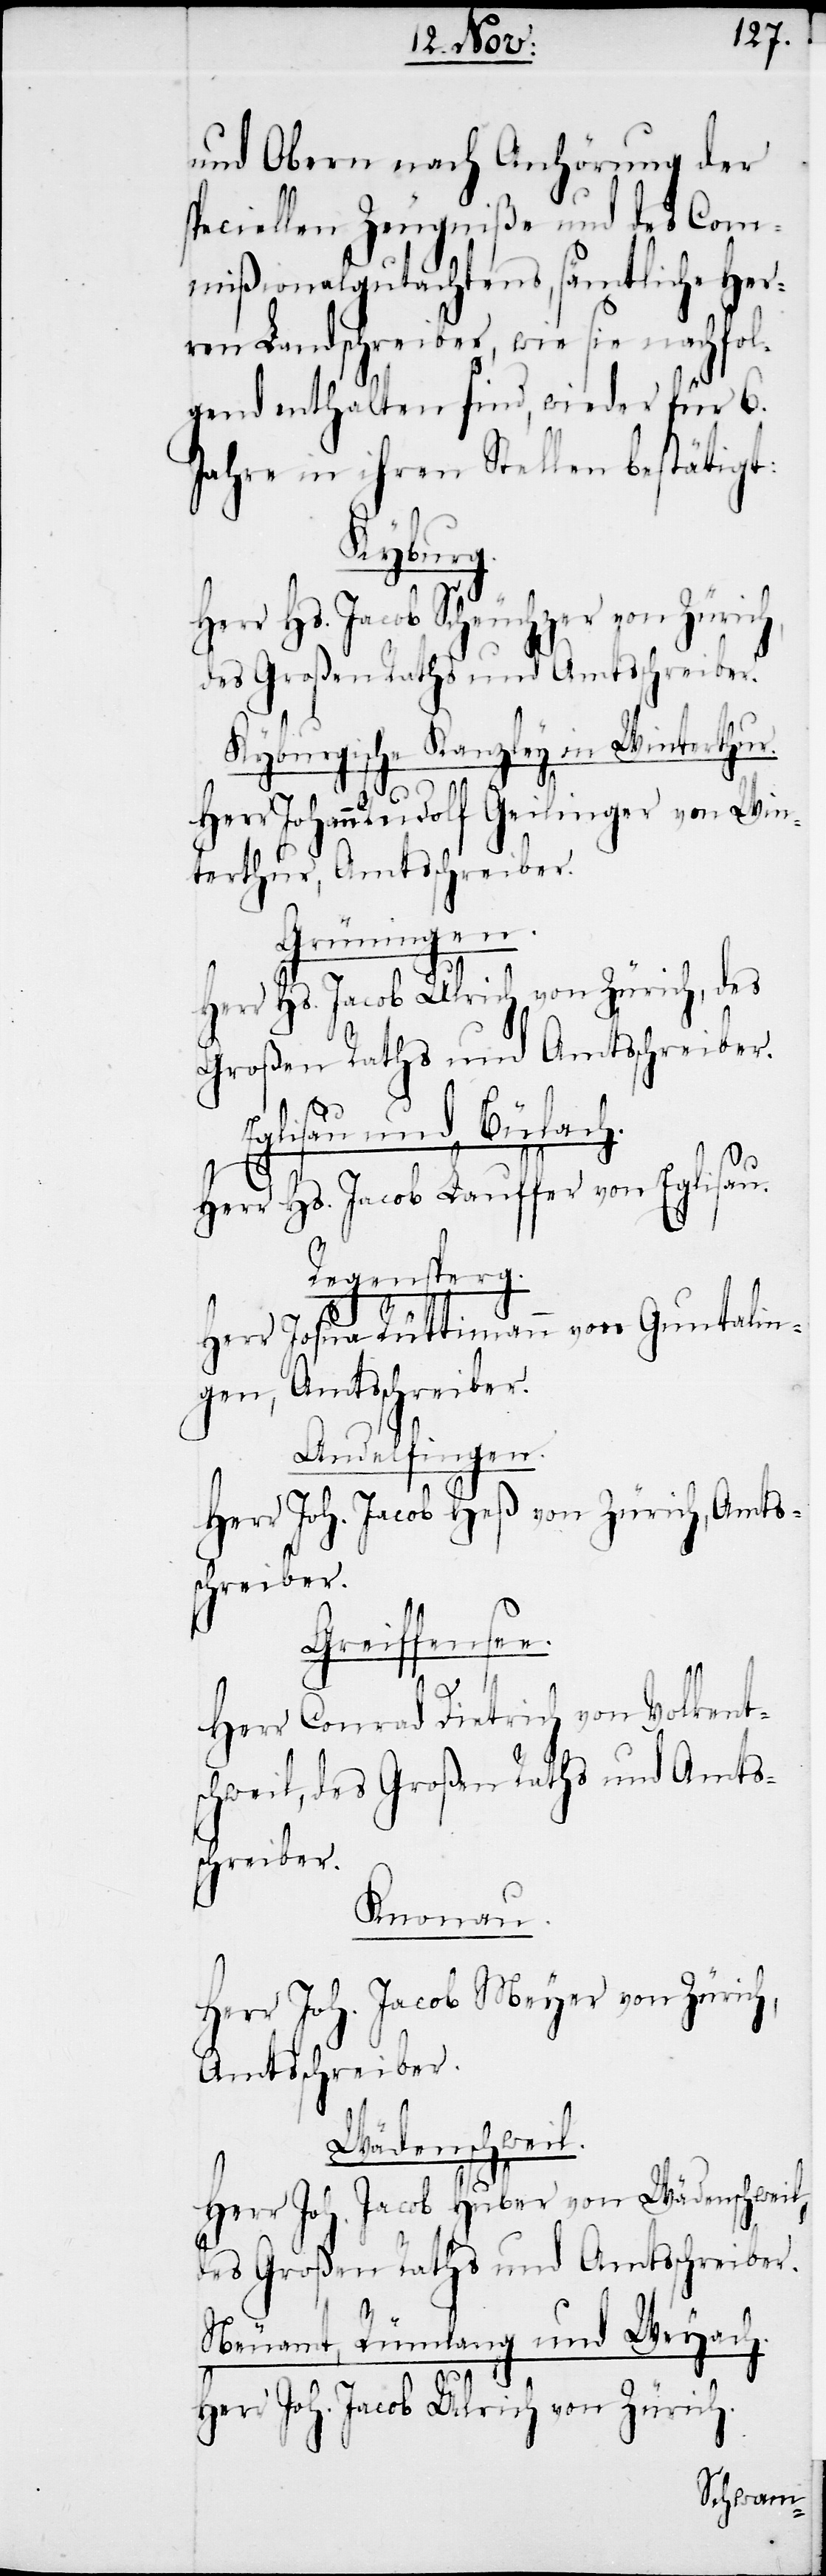
und Obern nach Anhörung der
speciellen Zeugniße und des Com¬
mißionalgutachtens, sämtliche Her¬
ren Landschreiber, wie sie nachfol¬
gend enthalten sind, wieder für 6.
Jahre in ihren Stellen bestätigt:
Kyburg.
Herr Hs. Jacob Scheuchzer von Zürich,
des Großen Raths und Amtsschreiber.
Kyburgische Kanzley in Winterthur.
Herr Johann Rudolf Geilinger von Win¬
terthur, Amtsschreiber.
Grüningen.
Herr Hs. Jacob Ulrich von Zürich, des
Großen Raths und Amtsschreiber.
Eglisau und Bülach.
Herr Hs. Jacob Lauffer von Eglisau.
Regensperg.
Herr Josua Rüttimann von Guntalin¬
gen, Amtsschreiber.
Andelfingen.
Herr Joh. Jacob Heß von Zürich, Amts¬
Greiffensee.
Herr Conrad Dietrich von Volkent¬
schweil, des Großen Raths und Amts¬
schreiber.
Knonau.
Herr Joh. Jacob Meyer von Zürich,
Amtsschreiber.
Wädenschweil.
Herr Joh. Jacob Huber von Wädenschweil,
des Großen Raths und Amtsschreiber.
Neuamt, Rümlang und Weyach.
Herr Joh. Jacob Ulrich von Zürich.